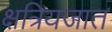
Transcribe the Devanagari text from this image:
क्षत्रियजात